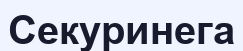
Секуринега